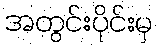
အတွင်းပိုင်းမှ